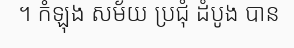
។ កំឡុង សម័យ ប្រជុំ ដំបូង បាន